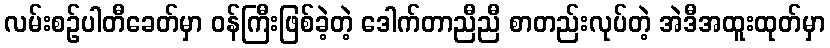
လမ်းစဉ်ပါတီခေတ်မှာ ဝန်ကြီးဖြစ်ခဲ့တဲ့ ဒေါက်တာညီညီ စာတည်းလုပ်တဲ့ အဲဒီအထူးထုတ်မှာ